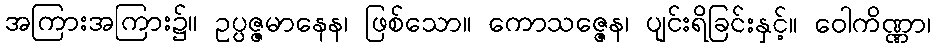
အကြားအကြား၌။ ဥပ္ပဇ္ဇမာနေန၊ ဖြစ်သော။ ကောသဇ္ဇေန၊ ပျင်းရိခြင်းနှင့်။ ဝေါကိဏ္ဏာ၊